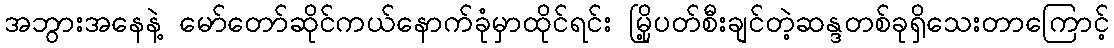
အဘွားအနေနဲ့ မော်တော်ဆိုင်ကယ်နောက်ခုံမှာထိုင်ရင်း မြို့ပတ်စီးချင်တဲ့ဆန္ဒတစ်ခုရှိသေးတာကြောင့်